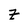
Character: Z